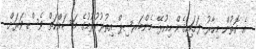
އެ ގޮތުން މިހާރު ފަށައިގެން މިއުޅޭ މެންބަރޝިޕް އިތުރުކުރުމުގެ މަސައްކަތް ވެސް ވަރަށް